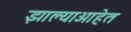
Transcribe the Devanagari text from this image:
झाल्याआहेत